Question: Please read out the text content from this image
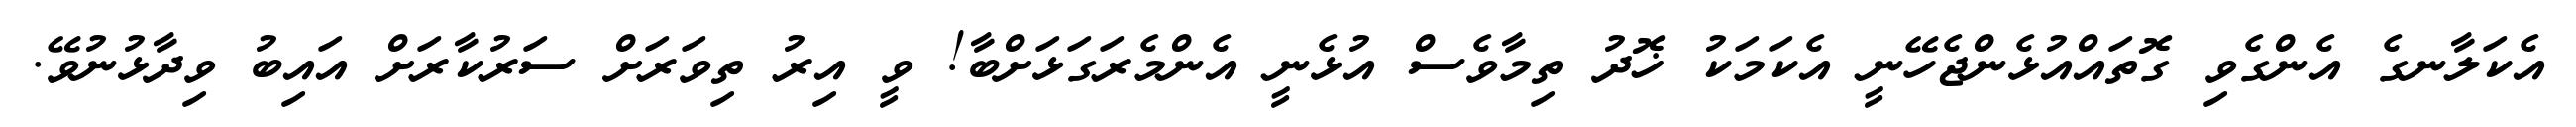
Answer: އެކަލާނގެ އެންގެވި ގޮތައްއުޅެންޖެހޭނީ އެކަމަކު ޚޮދު ތިމާވެސް އުޅެނީ އެންމެރަގަޅަށްބާ! ވީ އިރު ތިވަރަށް ސަރުކާރަށް އައިބު ވިދާޅުނުވޭ.